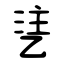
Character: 乼